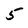
Character: 5